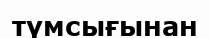
түмсығынан